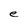
Character: e